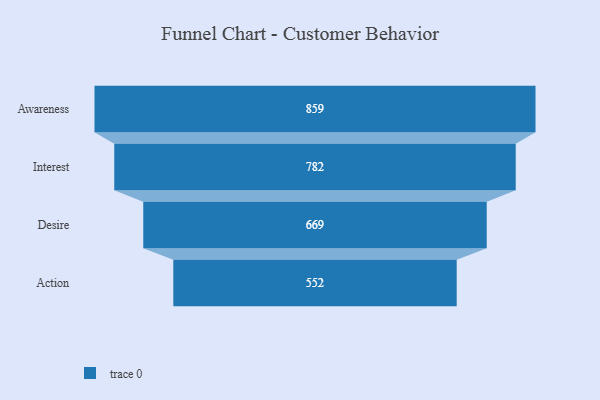
{"axis": {"x": "Stage", "y": "Value"}, "legend": [""], "data": [{"x": "Awareness", "y": 859.0, "type": ""}, {"x": "Interest", "y": 782.0, "type": ""}, {"x": "Desire", "y": 669.0, "type": ""}, {"x": "Action", "y": 552.0, "type": ""}]}